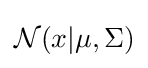
{\mathcal {N}}(x|\mu ,\Sigma )